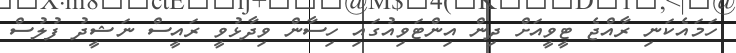
ހަމައެކަނި ރާއްޖެ ޓީވީއަށް ދިން އިންޓަވިއުގައި ހިސާން ވިދާޅުވީ ރައީސް ނަޝީދު ފުލުސް